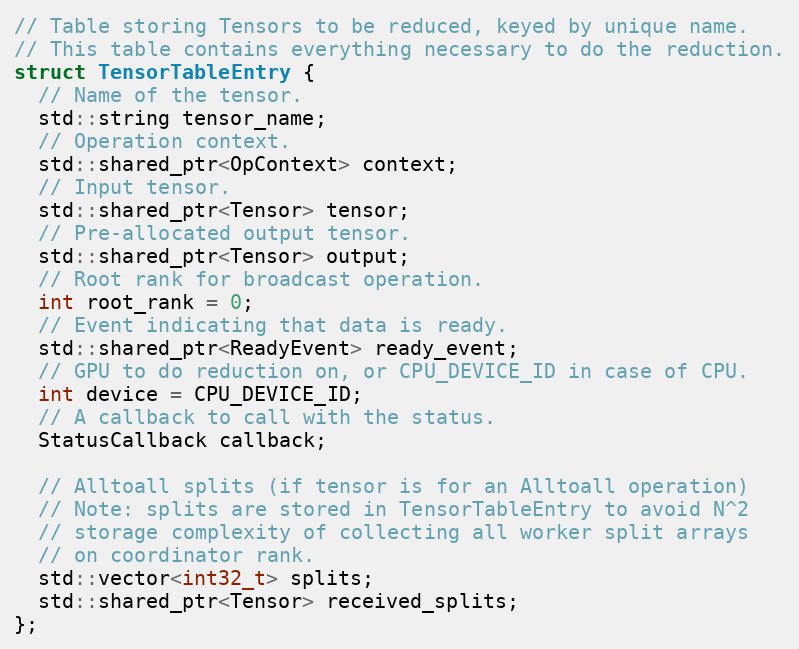
Language: C
// Table storing Tensors to be reduced, keyed by unique name.
// This table contains everything necessary to do the reduction.
struct TensorTableEntry {
  // Name of the tensor.
  std::string tensor_name;
  // Operation context.
  std::shared_ptr<OpContext> context;
  // Input tensor.
  std::shared_ptr<Tensor> tensor;
  // Pre-allocated output tensor.
  std::shared_ptr<Tensor> output;
  // Root rank for broadcast operation.
  int root_rank = 0;
  // Event indicating that data is ready.
  std::shared_ptr<ReadyEvent> ready_event;
  // GPU to do reduction on, or CPU_DEVICE_ID in case of CPU.
  int device = CPU_DEVICE_ID;
  // A callback to call with the status.
  StatusCallback callback;

  // Alltoall splits (if tensor is for an Alltoall operation)
  // Note: splits are stored in TensorTableEntry to avoid N^2
  // storage complexity of collecting all worker split arrays
  // on coordinator rank.
  std::vector<int32_t> splits;
  std::shared_ptr<Tensor> received_splits;
};